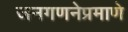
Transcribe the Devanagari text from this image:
जनगणनेप्रमाणे